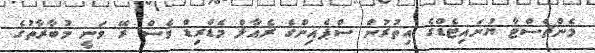
މެންޗެސްޓާ ޔުނައިޓެޑްގެ އިތުރުން ސްޕެއިންގެ ރެއާލް މެޑްރިޑް ވެސް ރޭ ވަނީ މުބާރާތުގެ